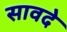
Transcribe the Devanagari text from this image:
सावदे